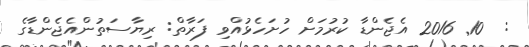
:  10